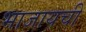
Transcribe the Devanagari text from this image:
भाजायची